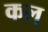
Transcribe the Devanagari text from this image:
कल्‌